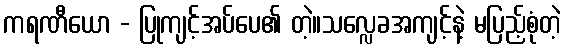
ကရဏီယော - ပြုကျင့်အပ်ပေ၏ တဲ့။သလ္လေခအကျင့်နဲ့ မပြည့်စုံတဲ့